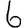
Digit: 6